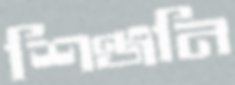
শিঞ্জনি